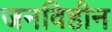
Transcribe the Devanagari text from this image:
जनविहीन